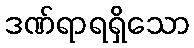
ဒဏ်ရာရရှိသော